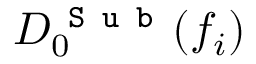
D _ { 0 } ^ { \texttt { S u b } } ( f _ { i } )